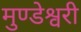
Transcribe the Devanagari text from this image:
मुण्डेश्वरी